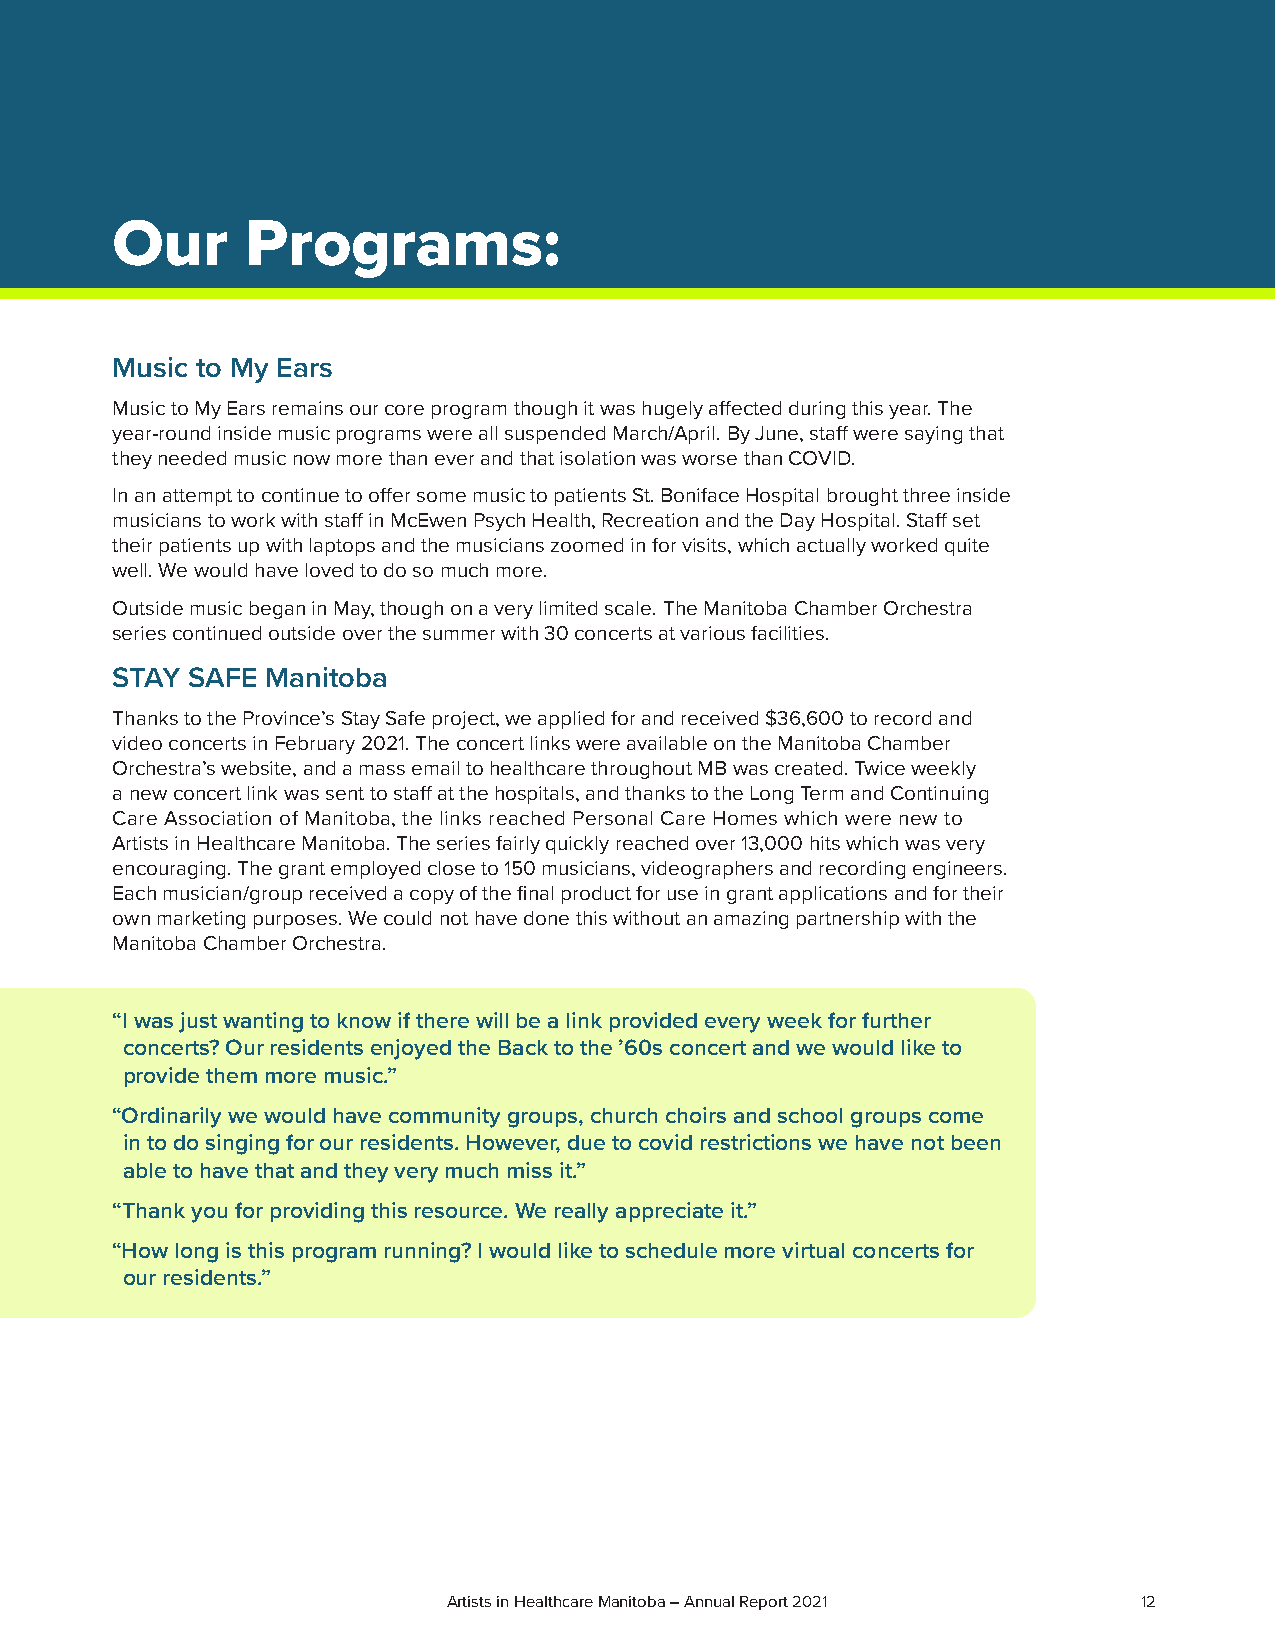
Our      Programs:
 Music to My Ears
 Music to My Ears remains our core program though it was hugely affected during this year. The
 year-round inside music programs were all suspended March/April. By June, staff were saying that
 they needed music now more than ever and that isolation was worse than COVID.
 In an attempt to continue to offer some music to patients St. Boniface Hospital brought three inside
 musicians to work with staff in McEwen Psych Health, Recreation and the Day Hospital. Staff set
 their patients up with laptops and the musicians zoomed in for visits, which actually worked quite
 well. We would have loved to do so much more.
 Outside music began in May, though on a very limited scale. The Manitoba Chamber Orchestra
 series continued outside over the summer with 30 concerts at various facilities.
 STAY SAFE  Manitoba
 Thanks to the Province’s Stay Safe project, we applied for and received $36,600 to record and
 video concerts in February 2021. The concert links were available on the Manitoba Chamber
 Orchestra’s website, and a mass email to healthcare throughout MB was created. Twice weekly
 a new concert link was sent to staff at the hospitals, and thanks to the Long Term and Continuing
 Care Association of Manitoba, the links reached Personal Care Homes which were new to
 Artists in Healthcare Manitoba. The series fairly quickly reached over 13,000 hits which was very
 encouraging. The grant employed close to 150 musicians, videographers and recording engineers.
 Each musician/group received a copy of the final product for use in grant applications and for their
 own marketing purposes. We could not have done this without an amazing partnership with the
 Manitoba Chamber Orchestra.
 “I was just wanting to know if there will be a link provided every week for further
 concerts? Our residents enjoyed the Back to the ’60s concert and we would like to
 provide them more music.”
 “Ordinarily we would have community groups, church choirs and school groups come
 in to do singing for our residents. However, due to covid restrictions we have not been
 able to have that and they very much miss it.”
 “Thank you for providing this resource. We really appreciate it.”
 “How long is this program running? I would like to schedule more virtual concerts for
 our residents.”
 Artists in Healthcare Manitoba – Annual Report 2021 12